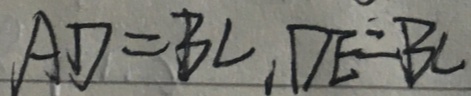
A D = B C , D E = B C